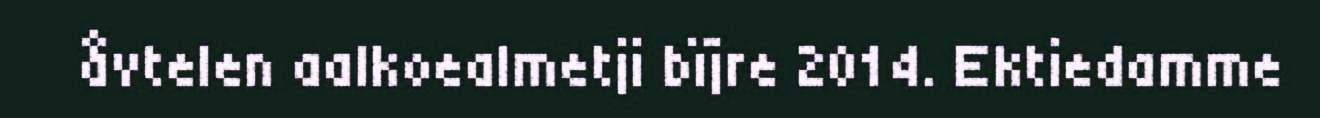
åvtelen aalkoealmetji bïjre 2014. Ektiedamme